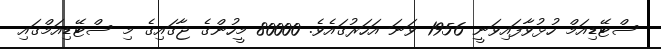
ސްޓޭޑިއަމް ހުޅުވާފައިވަނީ 1956 ވަނަ އަހަރުގައެވެ. 80000 މީހުންގެ ޖާގައިގެ މި ސްޓޭޑިއަމްގައި